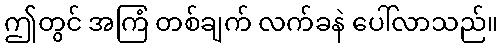
ဤတွင် အကြံ တစ်ချက် လက်ခနဲ ပေါ်လာသည်။